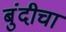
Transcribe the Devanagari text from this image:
बुंदीचा